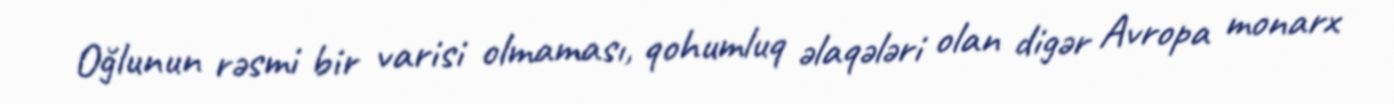
Oğlunun rəsmi bir varisi olmaması, qohumluq əlaqələri olan digər Avropa monarx